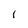
Character: l